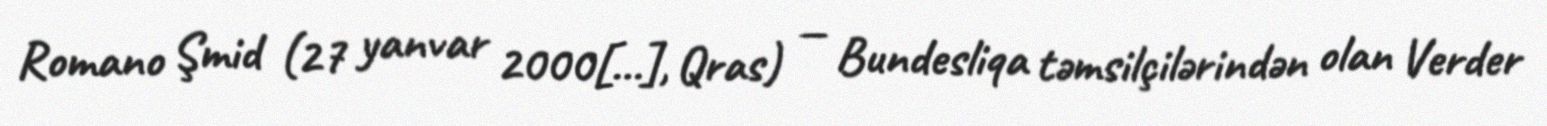
Romano Şmid (27 yanvar 2000[…], Qras) — Bundesliqa təmsilçilərindən olan Verder